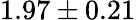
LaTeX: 1.97\pm 0.21